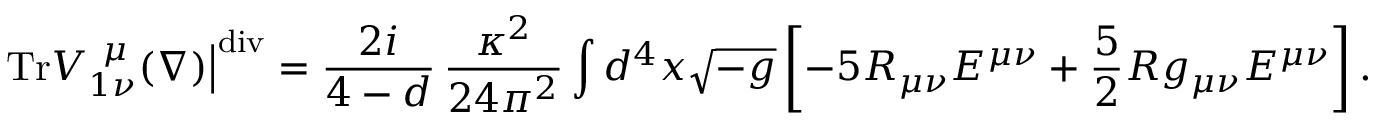
\left. \mathrm { T r } V _ { 1 \nu } ^ { ~ \mu } ( \nabla ) \right| ^ { \mathrm { d i v } } = \frac { 2 i } { 4 - d } \, \frac { \kappa ^ { 2 } } { 2 4 \pi ^ { 2 } } \int d ^ { 4 } x \sqrt { - g } \left[ - 5 R _ { \mu \nu } { \cal E } ^ { \mu \nu } + \frac { 5 } { 2 } R g _ { \mu \nu } { \cal E } ^ { \mu \nu } \right] .